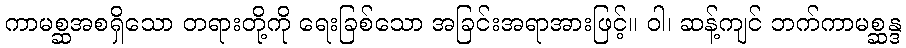
ကာမစ္ဆအစရှိသော တရားတို့ကို ရေးခြစ်သော အခြင်းအရာအားဖြင့်။ ဝါ၊ ဆန့်ကျင် ဘက်ကာမစ္ဆန္ဒ